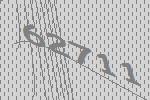
62711